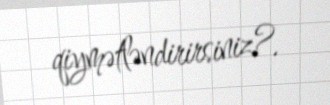
qiymətləndirirsiniz?.